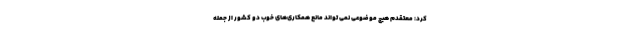
کرد: معتقدم هیچ موضوعی نمی تواند مانع همکاری‌های خوب دو کشور از جمله